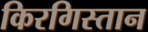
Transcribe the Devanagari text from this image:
किरगिस्तान